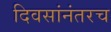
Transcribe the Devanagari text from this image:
दिवसांनंतरच